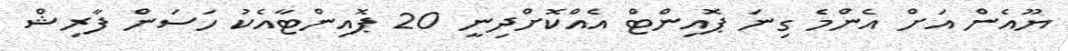
ޔޫއެން އަށް އެންމެ ގިނަ ޕޮއިންޓް އެއްކޮށްދިނީ 20 ޕޮއިންޓާއެކު ހަސަން ފާރިޝް